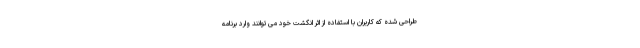
طراحی شده که کاربران با استفاده از اثر انگشت خود می توانند وارد برنامه